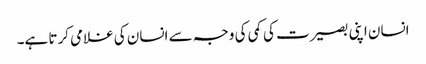
انسان اپنی بصیرت کی کمی کی وجہ سے انسان کی غلامی کرتا ہے۔